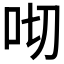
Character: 𠯦